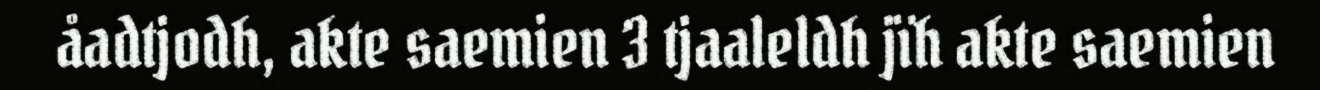
åadtjodh, akte saemien 3 tjaaleldh jïh akte saemien